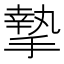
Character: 摯